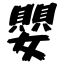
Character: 嬰